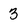
Character: 3